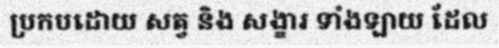
ប្រកបដោយ សត្វ និង សង្ខារ ទាំងឡាយ ដែល